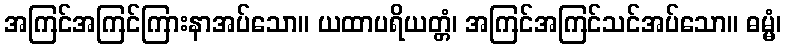
အကြင်အကြင်ကြားနာအပ်သော။ ယထာပရိယတ္တံ၊ အကြင်အကြင်သင်အပ်သော။ ဓမ္မံ၊